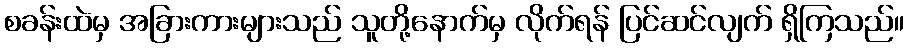
စခန်းထဲမှ အခြားကားများသည် သူတို့နောက်မှ လိုက်ရန် ပြင်ဆင်လျက် ရှိကြသည်။